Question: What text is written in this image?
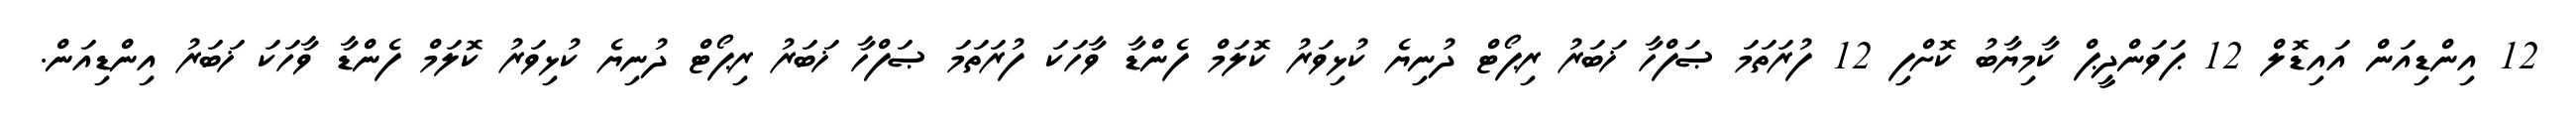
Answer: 12 އިންޑިއަން އައިޑޮލް 12 ޕަވަންދީޕް ކާމިޔާބު ކޮށްފި 12 ފުރަތަމަ ޞަފްހާ ޚަބަރު ރިޕޯޓް ދުނިޔެ ކުޅިވަރު ކޮލަމް ފެންޑާ ވާހަކަ ފުރަތަމަ ޞަފްހާ ޚަބަރު ރިޕޯޓް ދުނިޔެ ކުޅިވަރު ކޮލަމް ފެންޑާ ވާހަކަ ޚަބަރު އިންޑިއަން.